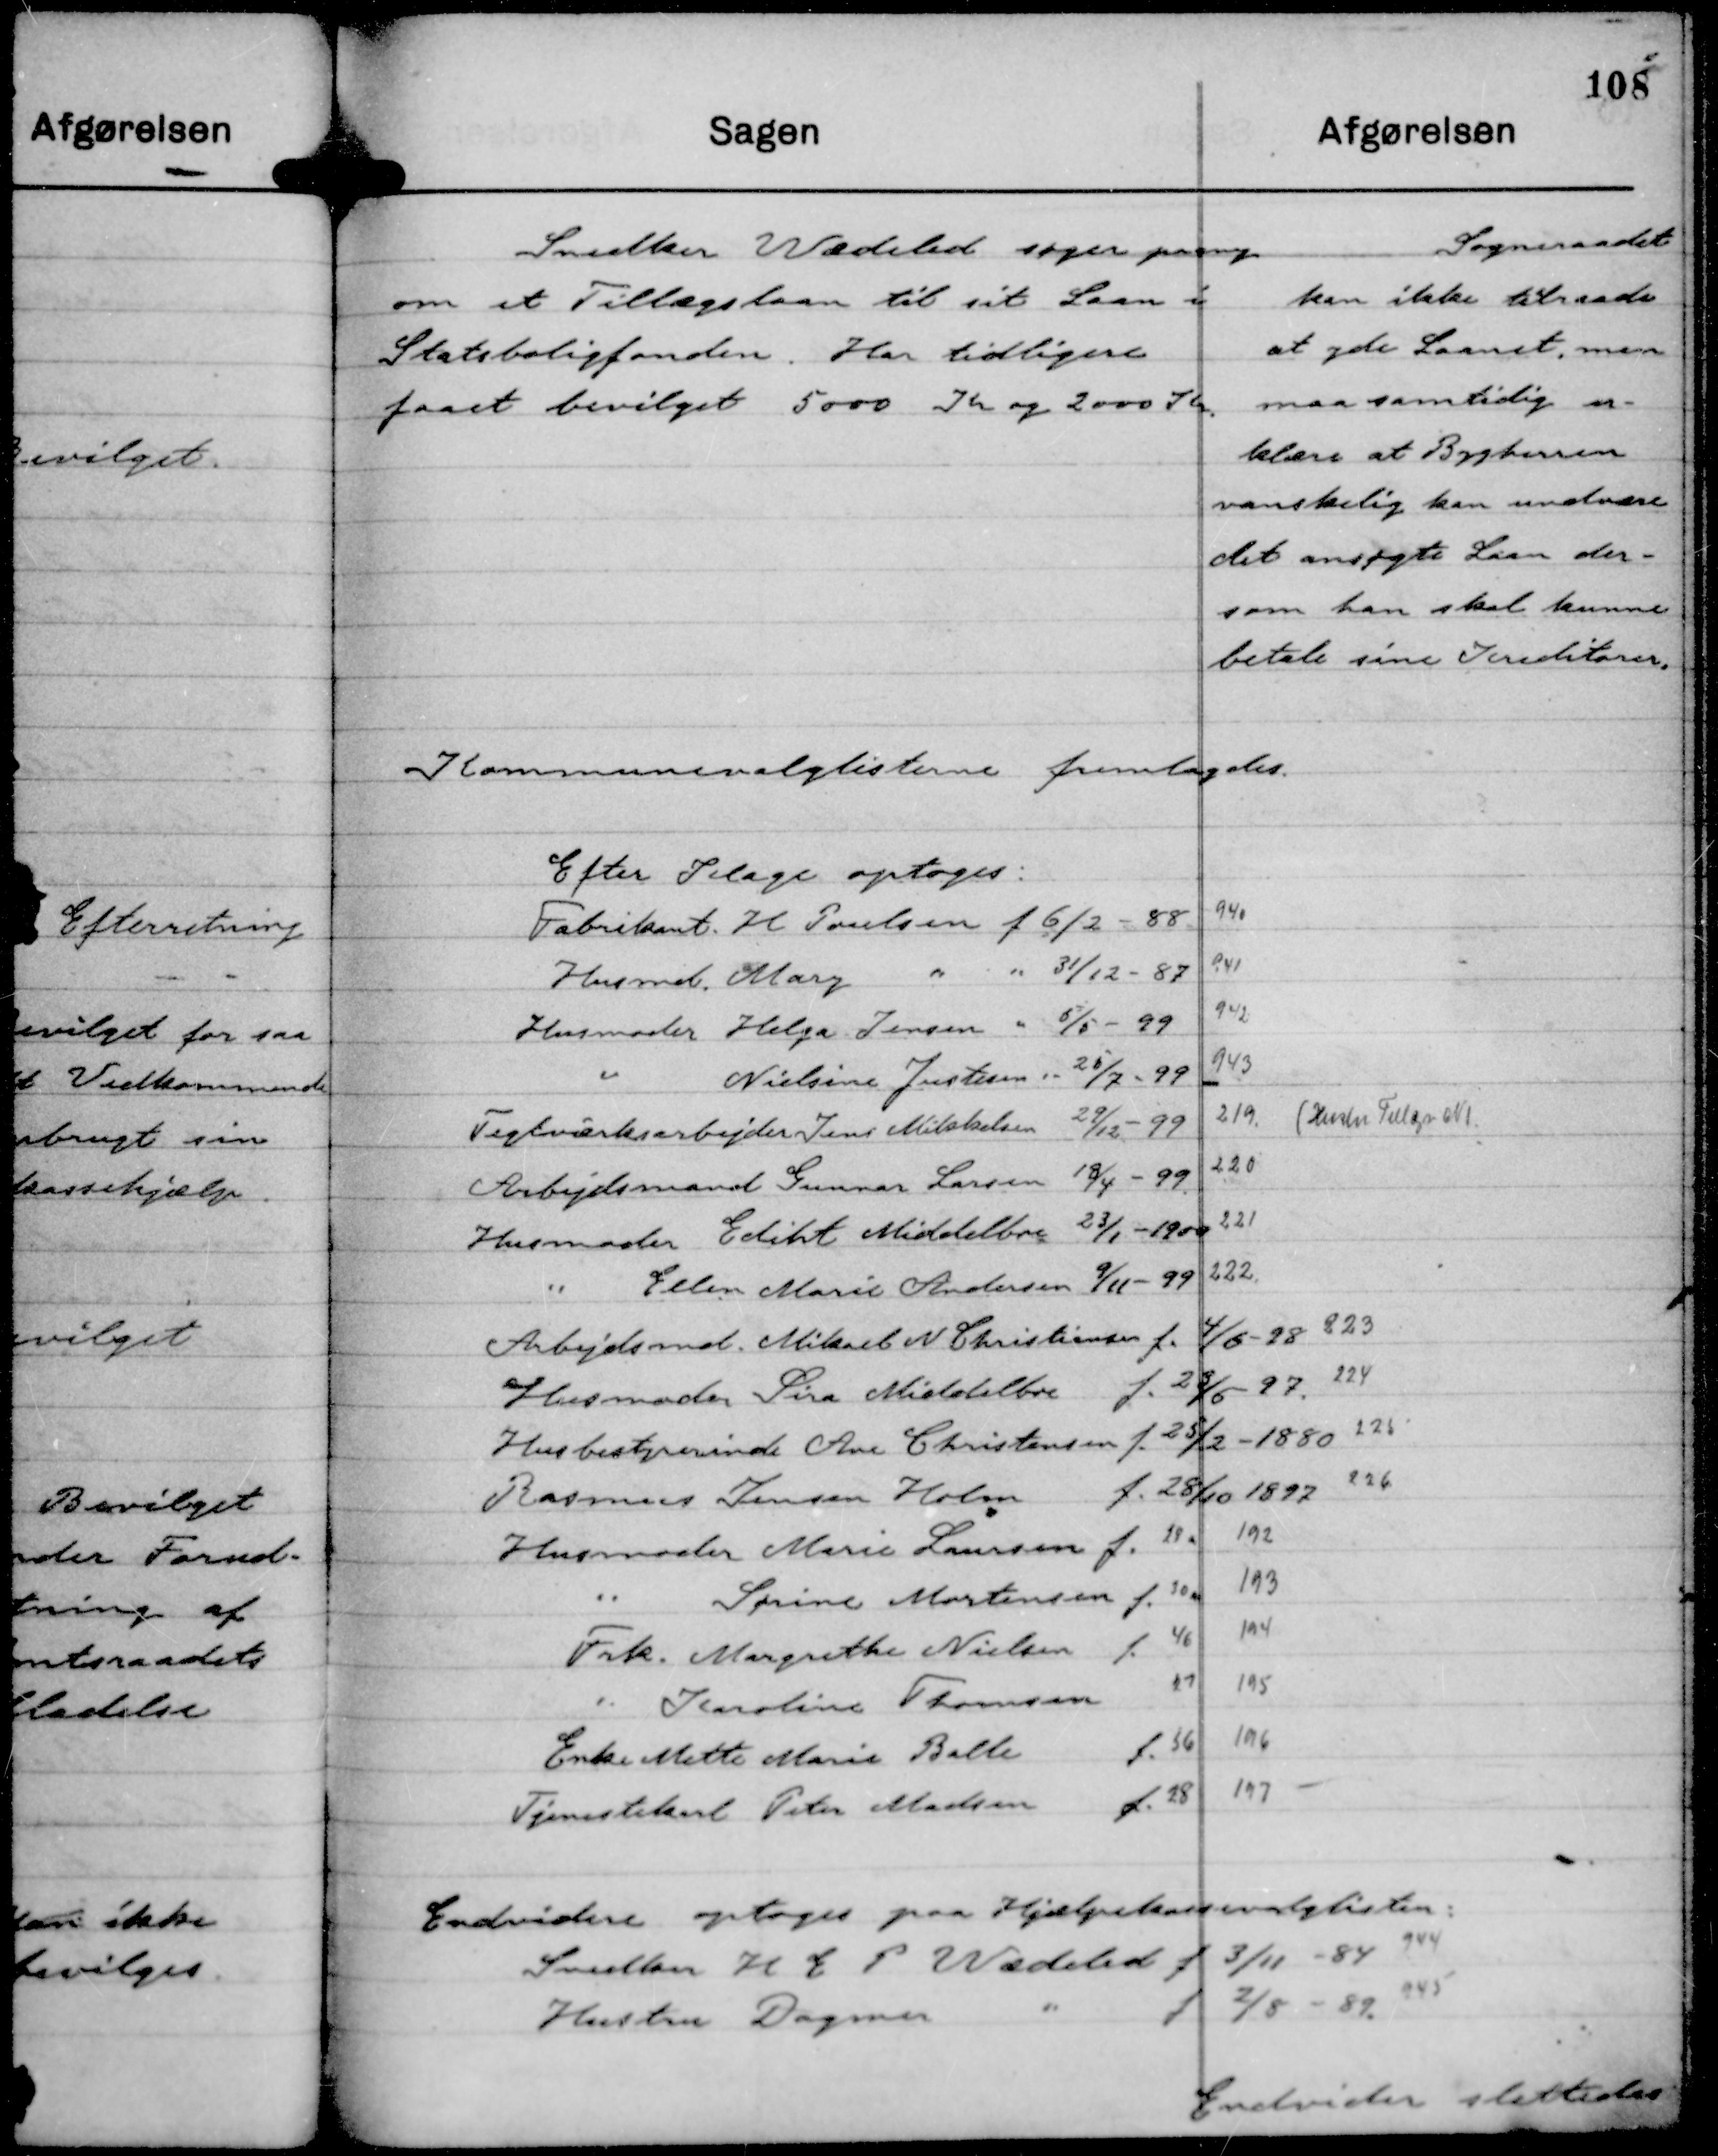
Transskription:
Snedker Wædeled søger paany
om et Tillægslaan til sit Laan i
Statsboligfonden. Har tidligere
faaet bevilget 5000 Kr og 2000 Kr.

Sogneraadet
kan ikke tilraade
at yde Laanet, men
maa samtidig er-
klære at Bygherren
vanskelig kan undvære
det ansøgte Laan der-
som han skal kunne
betale sine Kreditorer.

Kommunevalglisterne fremlagdes.

Endvidere slettedes: